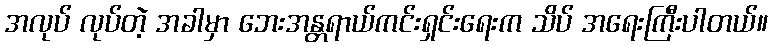
အလုပ် လုပ်တဲ့ အခါမှာ ဘေးအန္တရာယ်ကင်းရှင်းရေးက သိပ် အရေးကြီးပါတယ်။